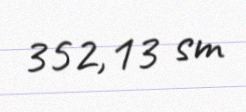
352,13 sm